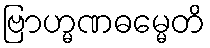
ဗြာဟ္မဏဓမ္မေတိ